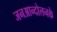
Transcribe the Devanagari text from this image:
जनआन्दोलनके